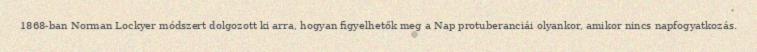
1868-ban Norman Lockyer módszert dolgozott ki arra, hogyan figyelhetők meg a Nap protuberanciái olyankor, amikor nincs napfogyatkozás.